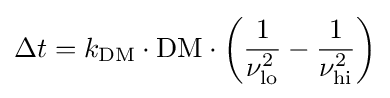
\Delta t=k_{\text{DM}}\cdot {\text{DM}}\cdot \left({\frac {1}{\nu _{\text{lo}}^{2}}}-{\frac {1}{\nu _{\text{hi}}^{2}}}\right)